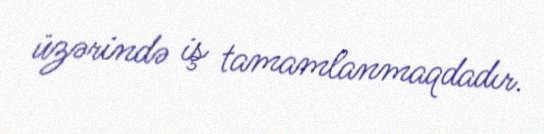
üzərində iş tamamlanmaqdadır.